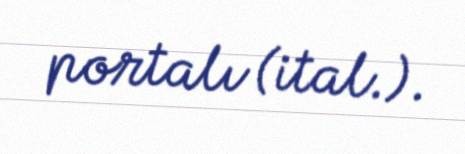
portalı (ital.).